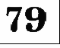
79